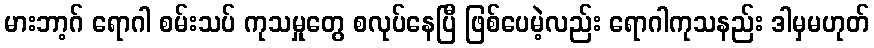
မားဘာ့ဂ် ရောဂါ စမ်းသပ် ကုသမှုတွေ စလုပ်နေပြီ ဖြစ်ပေမဲ့လည်း ရောဂါကုသနည်း ဒါမှမဟုတ်